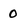
Character: 0